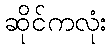
ဆိုင်ကလုံး